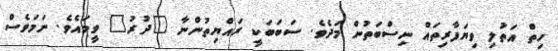
ހިތް އަތުލި ވިޔަފާރިތައް ނިސްބަތުން މަދެވެ. ސަބަބަކީ ރައްޔިތުންނާ "ދުރު" ވީމައެވެ. ނަމަވެސް